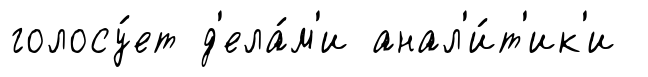
голосу́ет д'ела́м'и анал'и́т'ик'и